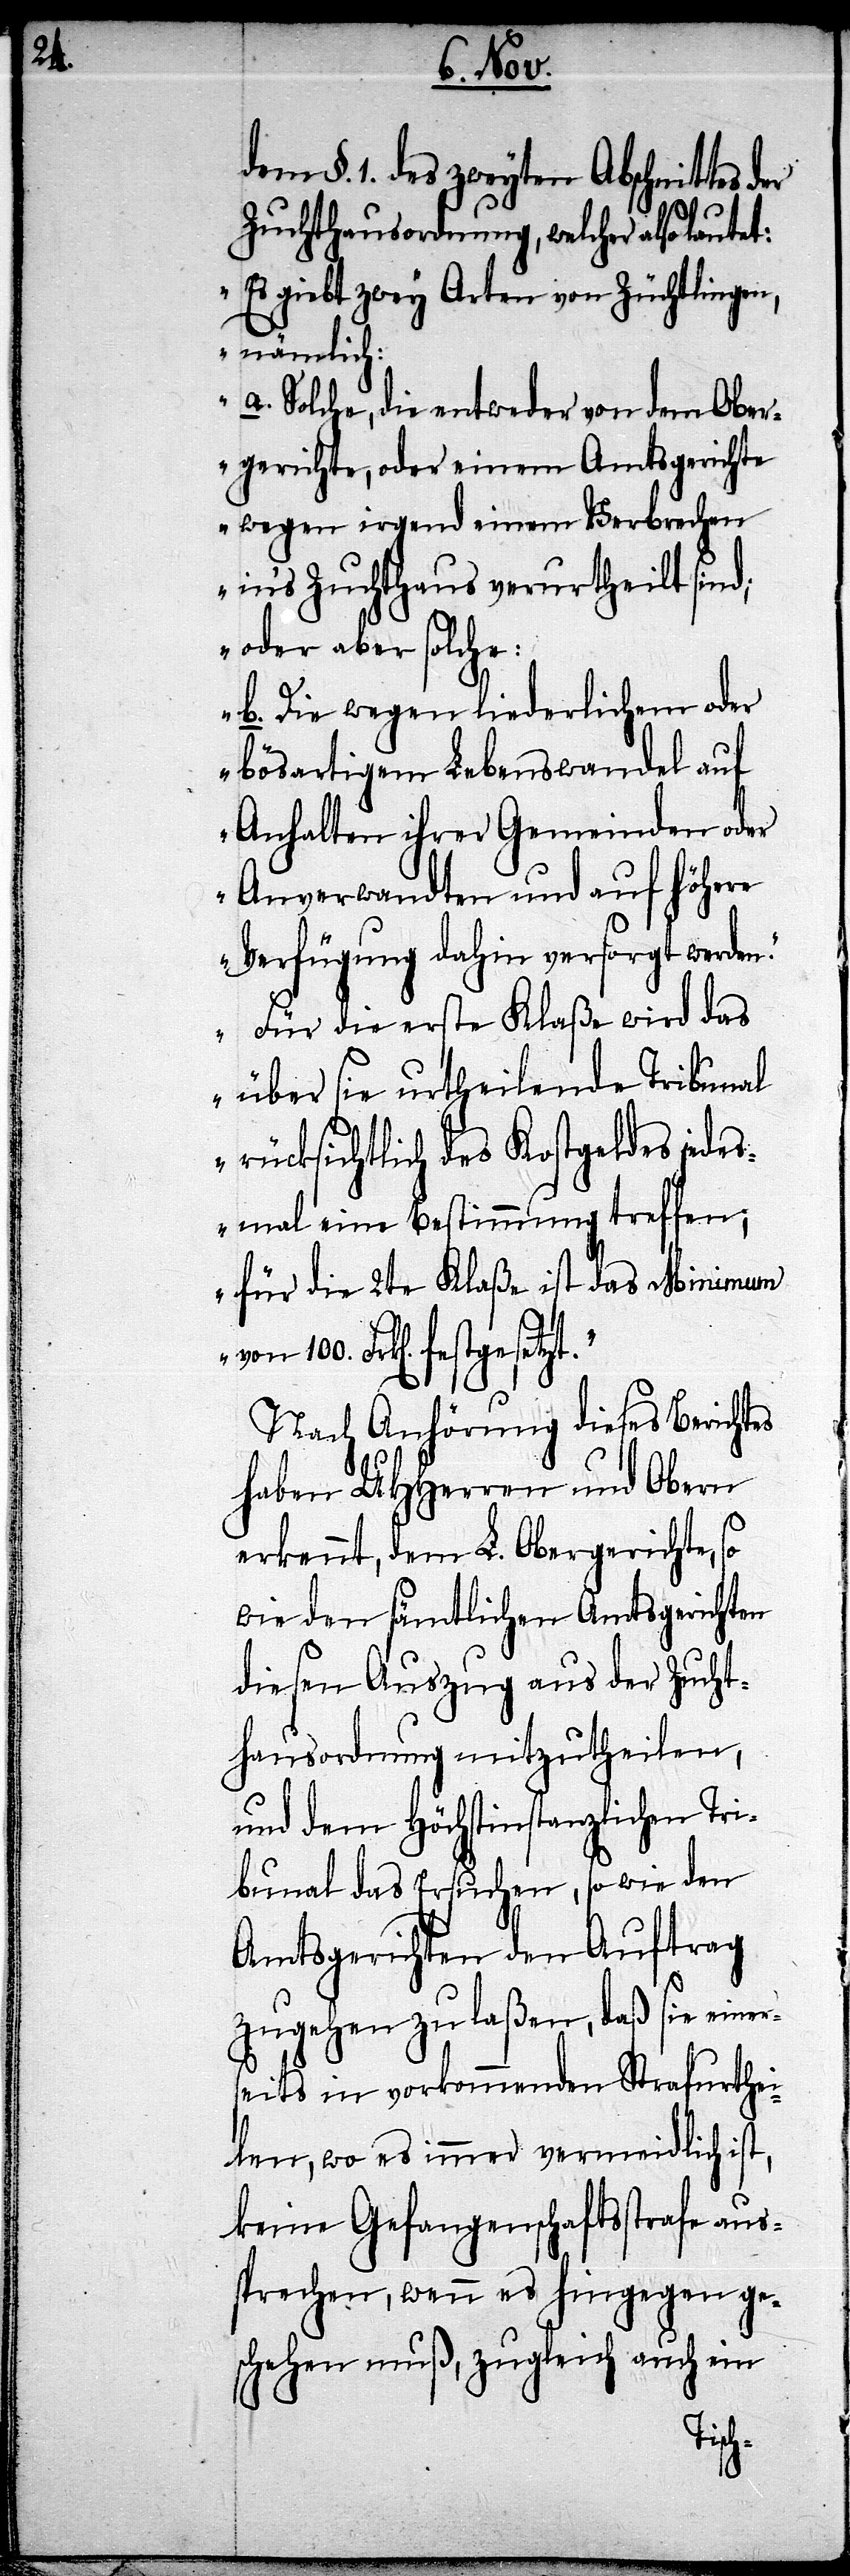
dem §. 1. des zweyten Abschnittes der
Zuchthausordnung, welcher also laut¬
„Es giebt zwey Arten von Züchtlingen,
nämlich:
a. Solche, die entweder von dem Ober¬
gerichte, oder einem Amtsgerichte
wegen irgend einem Verbrechen
in’s Zuchthaus verurtheilt sind;
oder aber solche:
b. Die wegen liederlichem oder
bösartigem Lebenswandel auf
Anhalten ihrer Gemeinden oder
Anverwandten und auf höhere
Verfügung dahin versorgt werden.
Für die erste Klaße wird das
über sie urtheilende Tribunal
rücksichtlich des Kostgeldes jedes¬
mal eine Bestimmung treffen;
für die 2te Klaße ist das Minimum
von 100. Frk[en].
Nach Anhörung dieses Berichtes
haben UHHerren und Obern
erkennt, dem L. Obergericht, so
wie den sämtlichen Amtsgerichten
diesen Auszug aus der Zucht¬
hausordnung mitzutheilen,
und dem höchstinstanzlichen Tri¬
bunal das Ersuchen, so wie den
Amtsgerichten den Auftrag
et:
zugehen zu laßen, daß sie einer¬
seits in vorkommenden Strafurthei¬
len, wo es immer vermeidlich ist,
keine Gefangenschaftsstrafe aus¬
sprechen, wenn es hingegen ge¬
schehen muß, zugleich auch ein